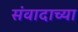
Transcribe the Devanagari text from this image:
संवादाच्या